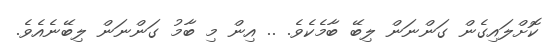
ކޮށްލައިގެން ގަންނަން ލިބޭ ބާމެކެވެ. .. އިން މި ބާމު ގަންނަން ލިބޭނެއެވެ.